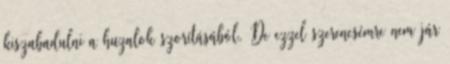
kiszabadulni a huzalok szorításából. De ezzel szerencsémre nem jár